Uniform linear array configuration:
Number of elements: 8
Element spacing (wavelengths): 0.75
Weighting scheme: cosine
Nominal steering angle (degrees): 60
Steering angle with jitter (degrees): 59.897
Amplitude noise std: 0.05
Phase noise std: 0.05

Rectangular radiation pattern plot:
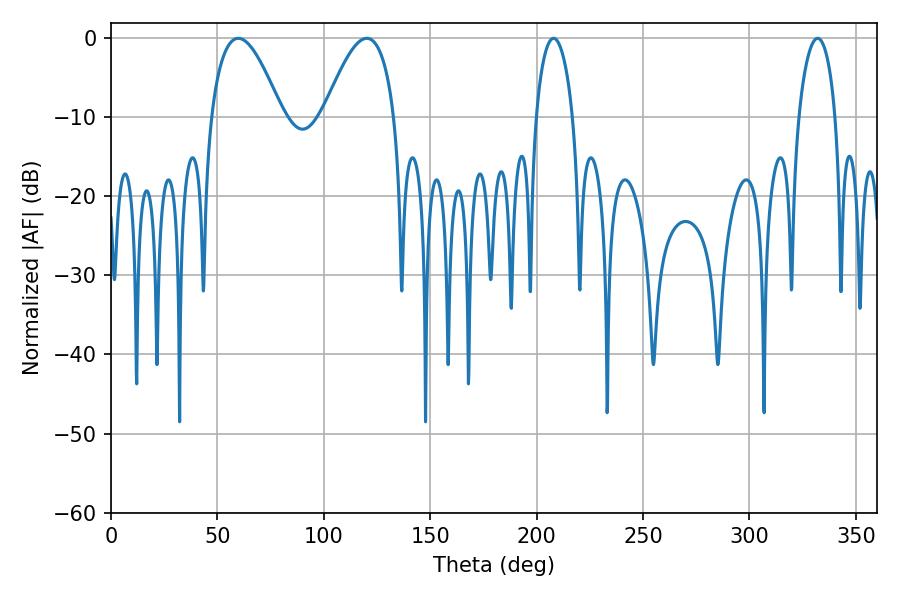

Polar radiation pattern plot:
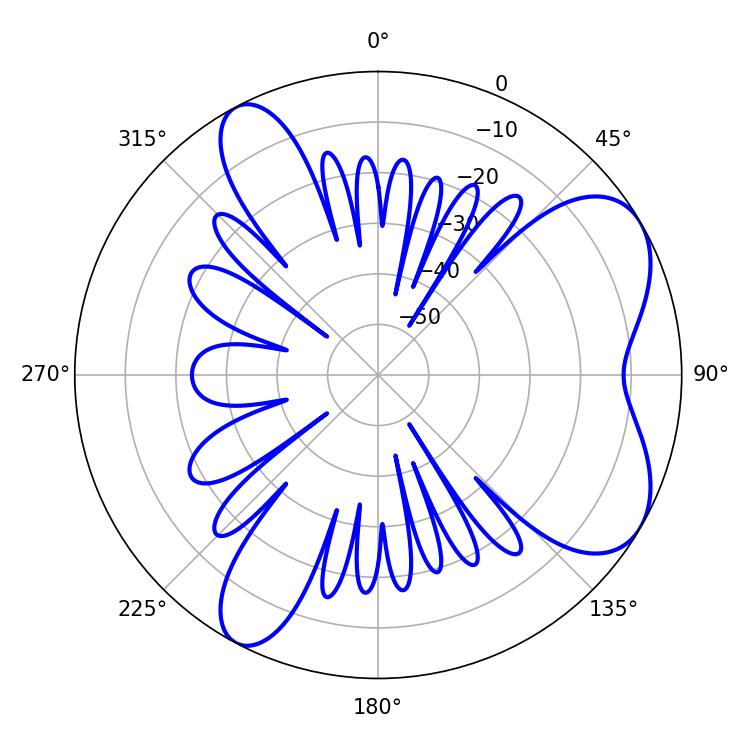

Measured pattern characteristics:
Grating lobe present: TRUE
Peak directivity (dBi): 6.57
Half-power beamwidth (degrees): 18.18
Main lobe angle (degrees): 59.76